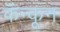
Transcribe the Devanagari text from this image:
कॅन्कून